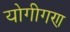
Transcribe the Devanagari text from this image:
योगीगण